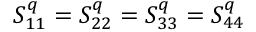
S _ { 1 1 } ^ { q } = S _ { 2 2 } ^ { q } = S _ { 3 3 } ^ { q } = S _ { 4 4 } ^ { q }